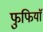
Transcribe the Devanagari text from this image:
फुफियाॅ